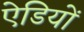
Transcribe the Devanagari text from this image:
ऐडियों